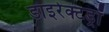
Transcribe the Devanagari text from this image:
डाइरेक्टड्रॉ